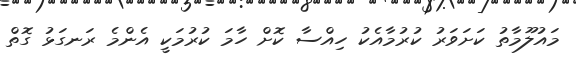
މައުލޫމާތު ކަށަވަރު ކުރުމާއެކު ހިއްސާ ކޮށް ހާމަ ކުރުމަކީ އެންމެ ރަނގަޅު ގޮތް